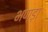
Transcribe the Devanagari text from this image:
भण्ड़ा